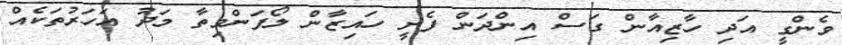
ވެންގީ އަދި ހާޒިއާން ގަސް އިންދަން ފެށީ ހައިޒާން ލޯފަންވިތާ މަދު އަހަރުތަކެއް